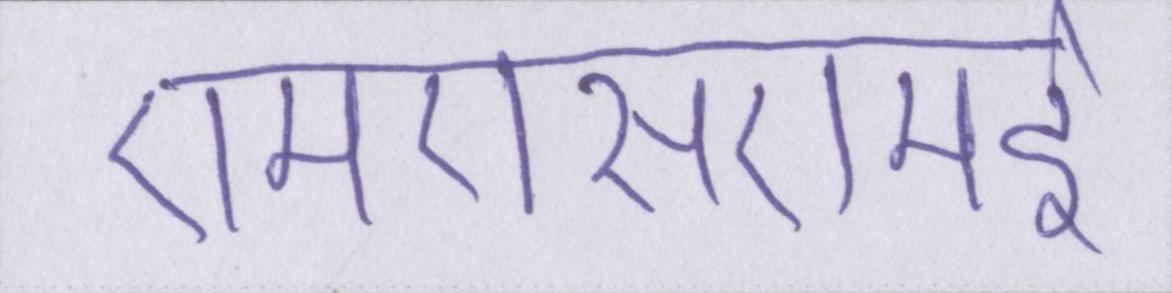
एमएसएमई